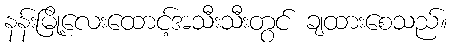
နန်းမြို့လေးထောင့်အသီးသီးတွင် ချထားစေသည်။